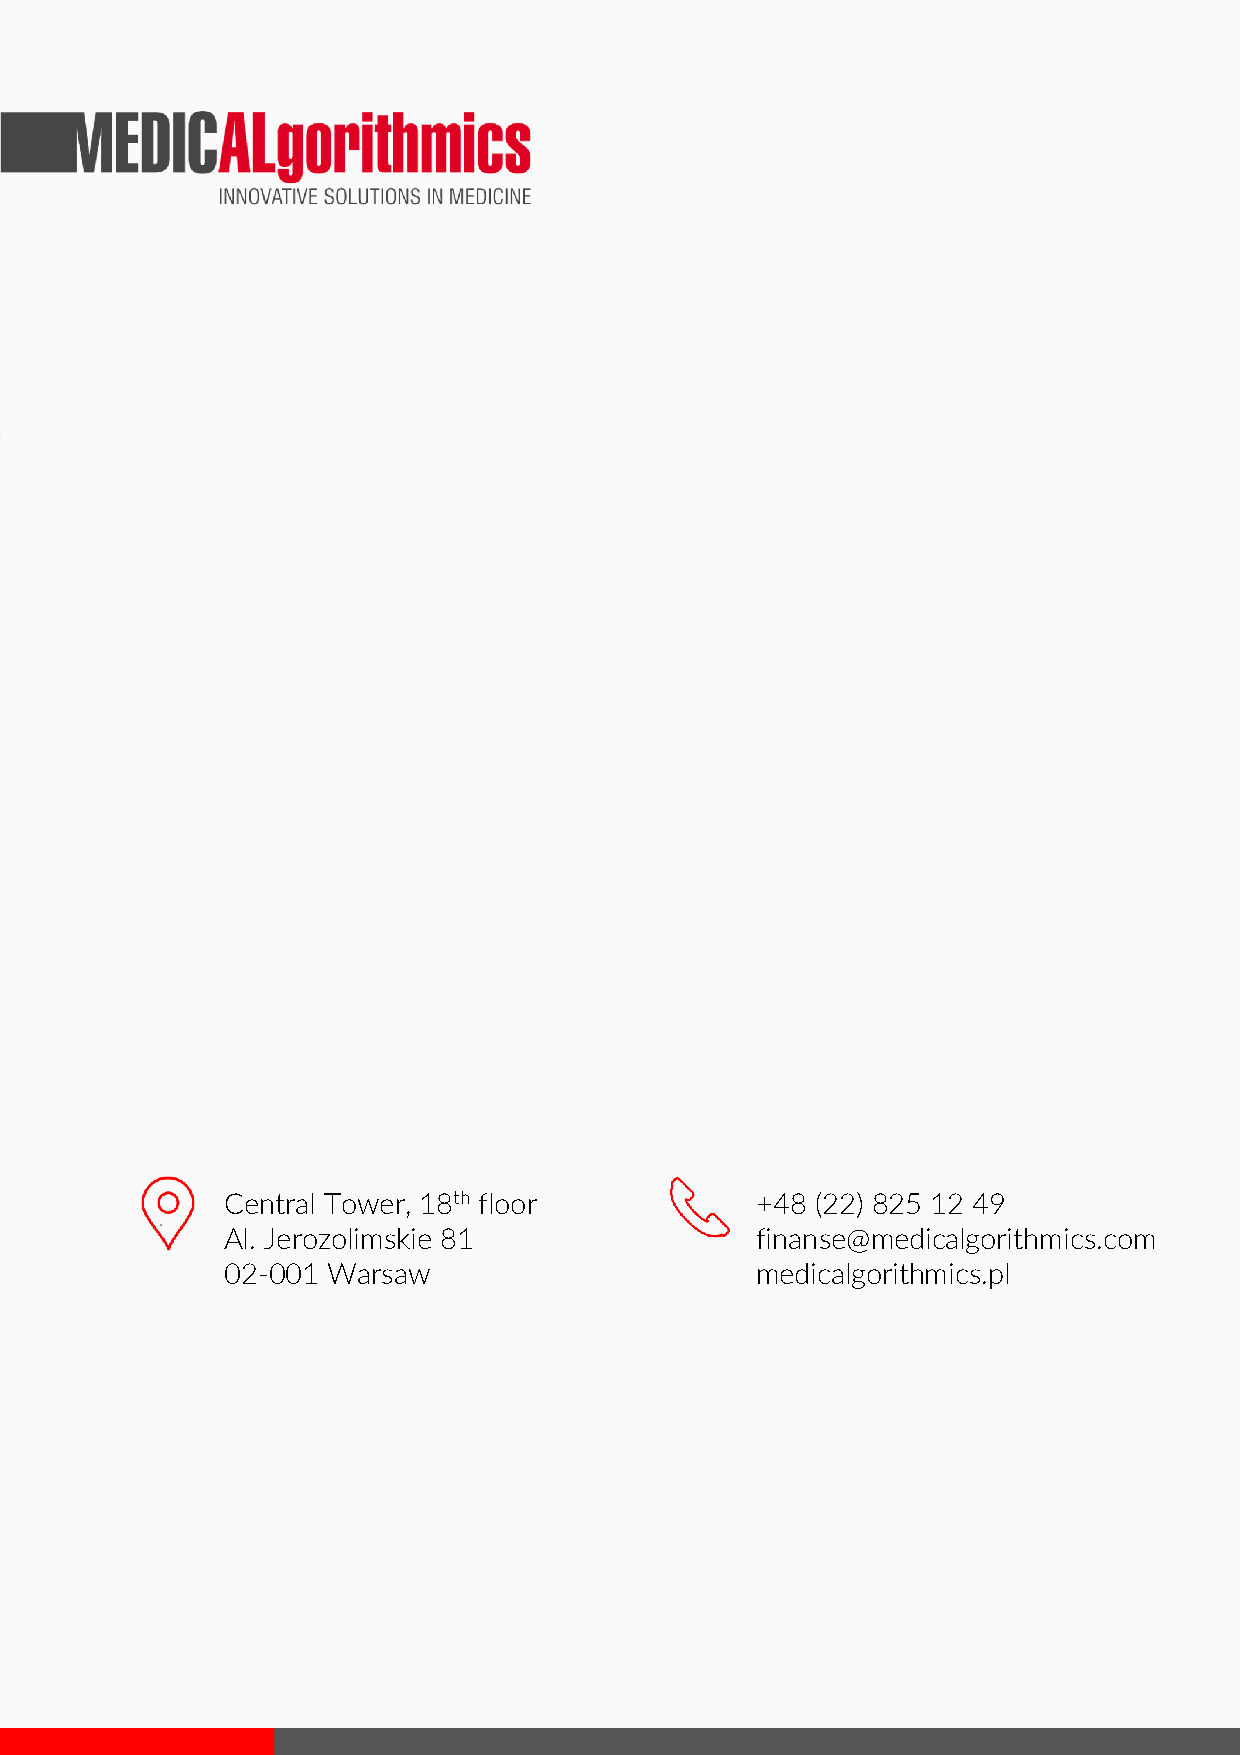
Central Tower, 18th floor          +48 (22) 825 12 49
 Al. Jerozolimskie 81               finanse@medicalgorithmics.com
 02-001 Warsaw                      medicalgorithmics.pl